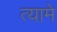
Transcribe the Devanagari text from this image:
त्यामे